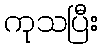
ကုသပြီး